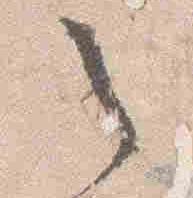
之